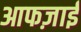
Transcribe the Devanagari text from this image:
आफज़ाई